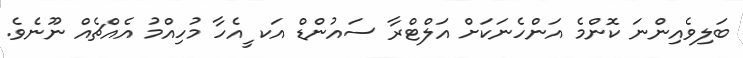
ބަލިވެއިންނަ ކޮންމެ އަންހެނަކަށް އަލްޓްރާ ސައުންޑް އަކ ީއެހާ މުހިއްމު އެއްޗެއް ނޫނެވެ.